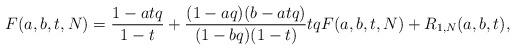
LaTeX: \begin{align*}F(a, b, t, N)=\frac{1-atq}{1-t}+\frac{(1-aq)(b-atq)}{(1-bq)(1-t)}tqF(a, b, t, N)+R_{1, N}(a, b, t),\end{align*}